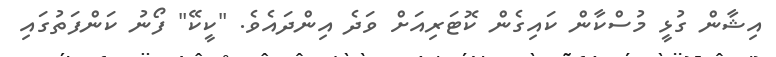
އިޝާން ގުޅީ މުސްކާން ކައިގެން ކޮޓަރިއަށް ވަދެ އިންދައެވެ. "ކީކޭ" ފޯނު ކަންފަތުގައި